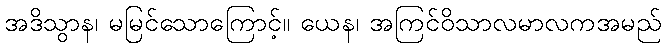
အဒိသွာန၊ မမြင်သောကြောင့်။ ယေန၊ အကြင်ဝိသာလမာလကအမည်